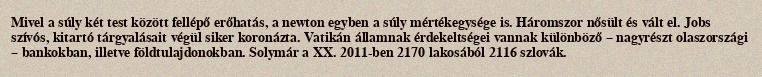
Mivel a súly két test között fellépő erőhatás, a newton egyben a súly mértékegysége is. Háromszor nősült és vált el. Jobs szívós, kitartó tárgyalásait végül siker koronázta. Vatikán államnak érdekeltségei vannak különböző – nagyrészt olaszországi – bankokban, illetve földtulajdonokban. Solymár a XX. 2011-ben 2170 lakosából 2116 szlovák.